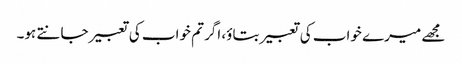
مجھے میرے خواب کی تعبیر بتاؤ، اگر تم خواب کی تعبیر جانتے ہو۔